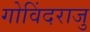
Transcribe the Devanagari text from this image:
गोविंदराजु